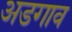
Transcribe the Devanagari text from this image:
अडगाव